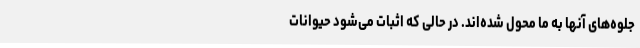
جلوه‌های آنها به ما محول شده‌اند. در حالی که اثبات می‌شود حیوانات